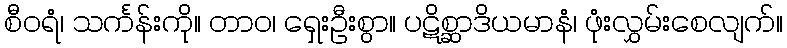
စီဝရံ၊ သင်္ကန်းကို။ တာဝ၊ ရှေးဦးစွာ။ ပဋိစ္ဆာဒိယမာနံ၊ ဖုံးလွှမ်းစေလျက်။